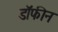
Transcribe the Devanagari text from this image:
डॉफीन